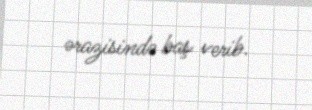
ərazisində baş verib.